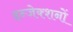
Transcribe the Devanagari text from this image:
इन्जेक्शनों